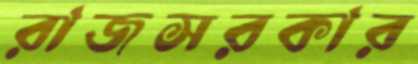
রাজসরকার